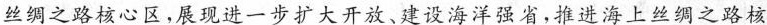
丝绸之路核心区，展现进一步扩大开放、建设海洋强省，推进海上丝绸之路核